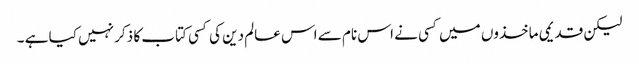
لیکن قدیمی ماخذوں میں کسی نے اس نام سے اس عالم دین کی کسی کتاب کا ذکر نہیں کیا ہے ۔